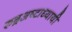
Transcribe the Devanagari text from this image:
रुद्रअष्‍टाध्‍यायी